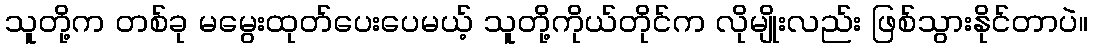
သူတို့က တစ်ခု မမွေးထုတ်ပေးပေမယ့် သူတို့ကိုယ်တိုင်က လိုမျိုးလည်း ဖြစ်သွားနိုင်တာပဲ။